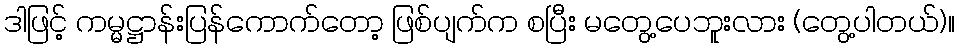
ဒါဖြင့် ကမ္မဋ္ဌာန်းပြန်ကောက်တော့ ဖြစ်ပျက်က စပြီး မတွေ့ပေဘူးလား (တွေ့ပါတယ်)။